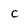
Character: C